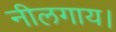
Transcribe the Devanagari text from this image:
नीलगाय।